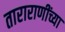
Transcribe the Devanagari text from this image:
ताराराणींच्या